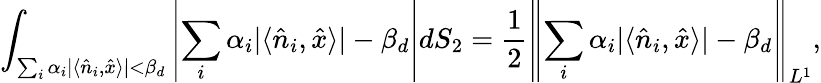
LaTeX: \int_{\sum_{i}\alpha_{i}|\langle\hat{n}_{i},\hat{x}\rangle|<\beta_{d}}\left|\sum_{i}\alpha_{i}|\langle\hat{n}_{i},\hat{x}\rangle|-\beta_{d}\right|dS_{2}=\frac{1}{2}\left\lVert\sum_{i}\alpha_{i}|\langle\hat{n}_{i},\hat{x}\rangle|-\beta_{d}\right\rVert_{L^{1}},